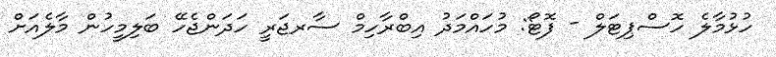
ހުޅުމާލެ ހޮސްޕިޓަލް - ފޮޓޯ: މުހައްމަދު އިބްރާހިމް ސާރޖަރީ ހަދަންޖެހޭ ބަލިމީހުން މާލެއަށް